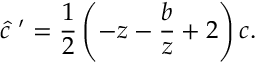
\hat { c } ~ ^ { \prime } = \frac { 1 } { 2 } \left( - z - \frac { b } { z } + 2 \right) c .